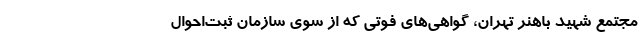
مجتمع شهید باهنر تهران، گواهی‌های فوتی که از سوی سازمان ثبت‌احوال